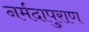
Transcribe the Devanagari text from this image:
नर्मदापुराण